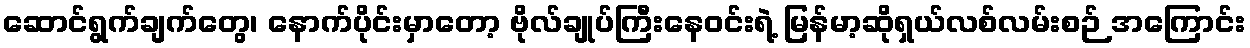
ဆောင်ရွက်ချက်တွေ၊ နောက်ပိုင်းမှာတော့ ဗိုလ်ချုပ်ကြီးနေဝင်းရဲ့ မြန်မာ့ဆိုရှယ်လစ်လမ်းစဉ် အကြောင်း